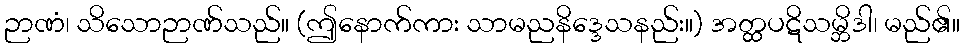
ဉာဏံ၊ သိသောဉာဏ်သည်။ (ဤနောက်ကား သာမညနိဒ္ဒေသနည်း။) အတ္ထပဋိသမ္ဘိဒါ၊ မည်၏။